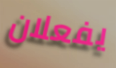
يفعلان